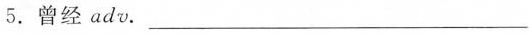
5. 曾经 adv. ___